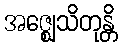
အဇ္ဈေသိတုန္တိ